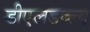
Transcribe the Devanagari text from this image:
डीएलडब्ल्यू